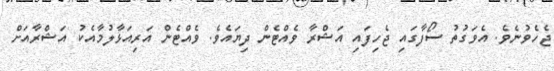
ޖެހެވުނެވެ. އެވަގުތު ސޯފާގައި ޖެހިފައި އަޝްރާ ވެއްޓެން ދިޔައެވެ. ވެއްޓެން އަރިއަޅާލުމާއެކު އަޝްރާއަށް